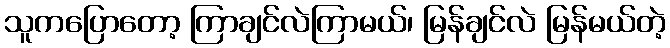
သူကပြောတော့ ကြာချင်လဲကြာမယ်၊ မြန်ချင်လဲ မြန်မယ်တဲ့